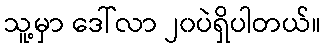
သူ့မှာ ဒေါ်လာ ၂၀ပဲရှိပါတယ်။